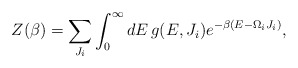
\begin{align*}Z(\beta)=\sum_{J_i}\int^{\infty}_0dE\,g(E,J_i)e^{-\beta(E-\Omega_iJ_i)},\end{align*}